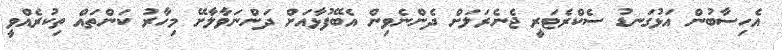
އެހިސާބުން އަޅުގަނޑު ސެކްރެޓަރީ ޖެނެރަލަށް ދެންނެވިން އެބޭފުޅާއަށް ދަންނަވާލާށޭ މިހާރު ކަންތައް ތިކުރެއްވީ